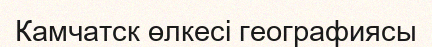
Камчатск өлкесі географиясы